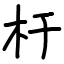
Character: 杅